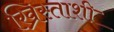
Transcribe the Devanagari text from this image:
ख्रिस्ताशी